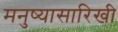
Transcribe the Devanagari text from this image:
मनुष्यासारिखी